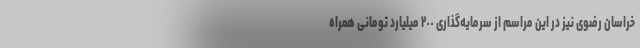
خراسان رضوی نیز در این مراسم از سرمایه‌گذاری ٢٠٠ میلیارد تومانی همراه